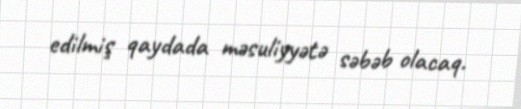
edilmiş qaydada məsuliyyətə səbəb olacaq.